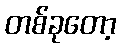
တစ်ခုတော့